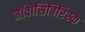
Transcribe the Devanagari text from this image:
नॉवोसिबिरिस्क